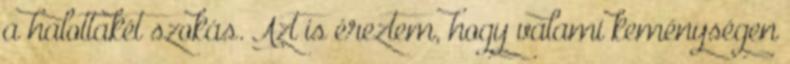
a halottakét szokás. Azt is éreztem, hogy valami keménységen